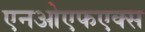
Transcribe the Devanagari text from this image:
एनओएफएक्स